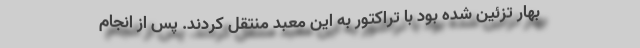
بهار تزئین شده بود با تراکتور به این معبد منتقل کردند. پس از انجام